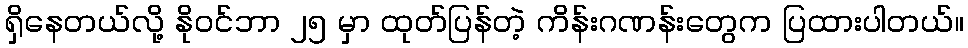
ရှိနေတယ်လို့ နိုဝင်ဘာ ၂၅ မှာ ထုတ်ပြန်တဲ့ ကိန်းဂဏန်းတွေက ပြထားပါတယ်။